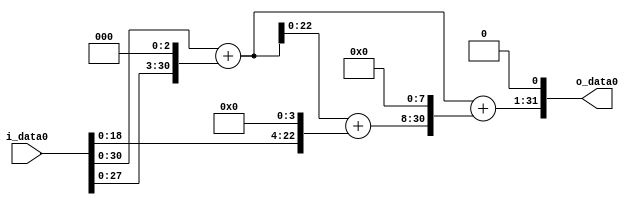
module multiplier_block (
    i_data0,
    o_data0
);

  // Port mode declarations:
  input   [31:0] i_data0;
  output  [31:0]
    o_data0;

  //Multipliers:

  wire [31:0]
    w1,
    w8,
    w9,
    w16,
    w25,
    w6400,
    w6409,
    w12818;

  assign w1 = i_data0;
  assign w12818 = w6409 << 1;
  assign w16 = w1 << 4;
  assign w25 = w9 + w16;
  assign w6400 = w25 << 8;
  assign w6409 = w9 + w6400;
  assign w8 = w1 << 3;
  assign w9 = w1 + w8;

  assign o_data0 = w12818;

  //multiplier_block area estimate = 4211.22249727647;
endmodule